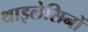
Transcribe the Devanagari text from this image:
थाइलेसिनों